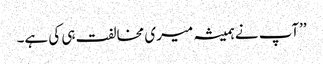
’’آپ نے ہمیشہ میری مخالفت ہی کی ہے۔